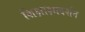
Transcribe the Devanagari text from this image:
शिक्षाक्षादर्शन